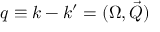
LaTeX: q \equiv k - k ^ { \prime } = ( \Omega , \vec { Q } )